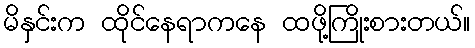
မိနှင်းက ထိုင်နေရာကနေ ထဖို့ကြိုးစားတယ်။